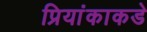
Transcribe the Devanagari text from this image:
प्रियांकाकडे